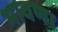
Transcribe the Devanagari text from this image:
भावणा